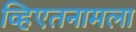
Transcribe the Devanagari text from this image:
व्हिएतनामला